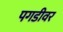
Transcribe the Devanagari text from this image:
पगडीवर